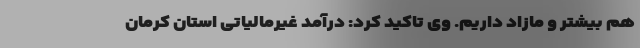
هم بیشتر و مازاد داریم. وی تاکید کرد: درآمد غیرمالیاتی استان کرمان